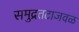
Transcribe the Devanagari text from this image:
समुद्रतटाजवळ